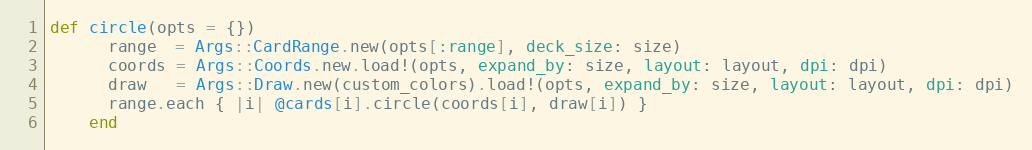
Language: Ruby
def circle(opts = {})
      range  = Args::CardRange.new(opts[:range], deck_size: size)
      coords = Args::Coords.new.load!(opts, expand_by: size, layout: layout, dpi: dpi)
      draw   = Args::Draw.new(custom_colors).load!(opts, expand_by: size, layout: layout, dpi: dpi)
      range.each { |i| @cards[i].circle(coords[i], draw[i]) }
    end